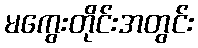
မကွေးတိုင်းအတွင်း